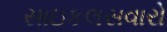
સાઇકલસવારો